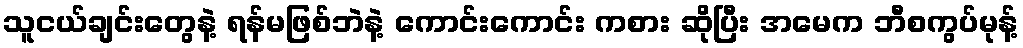
သူငယ်ချင်းတွေနဲ့ ရန်မဖြစ်ဘဲနဲ့ ကောင်းကောင်း ကစား ဆိုပြီး အမေက ဘီစကွပ်မုန့်